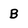
Character: B